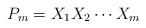
LaTeX: \begin{align*}P_m=X_1X_2\cdots X_m\end{align*}